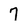
Character: 7